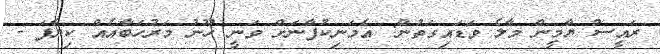
ރައީސް ޔާމީން މާލެ ވަޑައިގަތުން: އެމަނިކުފާނަށް ވަނީ ހޫނު މަރުހަބާއެއް ކިޔާފަ -